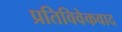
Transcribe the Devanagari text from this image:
प्रतिविवेकवाद